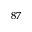
^ { 8 7 }